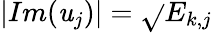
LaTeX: \left|Im(\mathit{u}_{j})\right|=\sqrt{}{{E_{k,j}}}